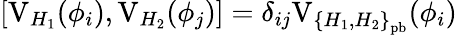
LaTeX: \left[\mathrm{V}_{H_{1}}(\phi_{i}),\mathrm{V}_{H_{2}}(\phi_{j})\right]=\delta_{ij}\mathrm{V}_{{\{ H_{1},H_{2}\} }_{\mathrm{pb}}}(\phi_{i})